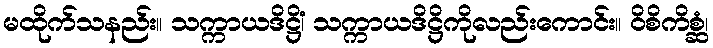
မထိုက်သနည်း။ သက္ကာယဒိဋ္ဌိံ၊ သက္ကာယဒိဋ္ဌိကိုလည်းကောင်း။ ဝိစိကိစ္ဆံ၊